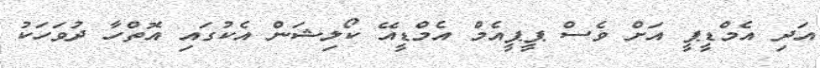
އަދި އެމްޑީޕީ އަށް ވެސް ޕީޕީއެމް އެމްޑީއޭ ކޯލިޝަން އެކުގައި އޮތްހާ ދުވަހަކު